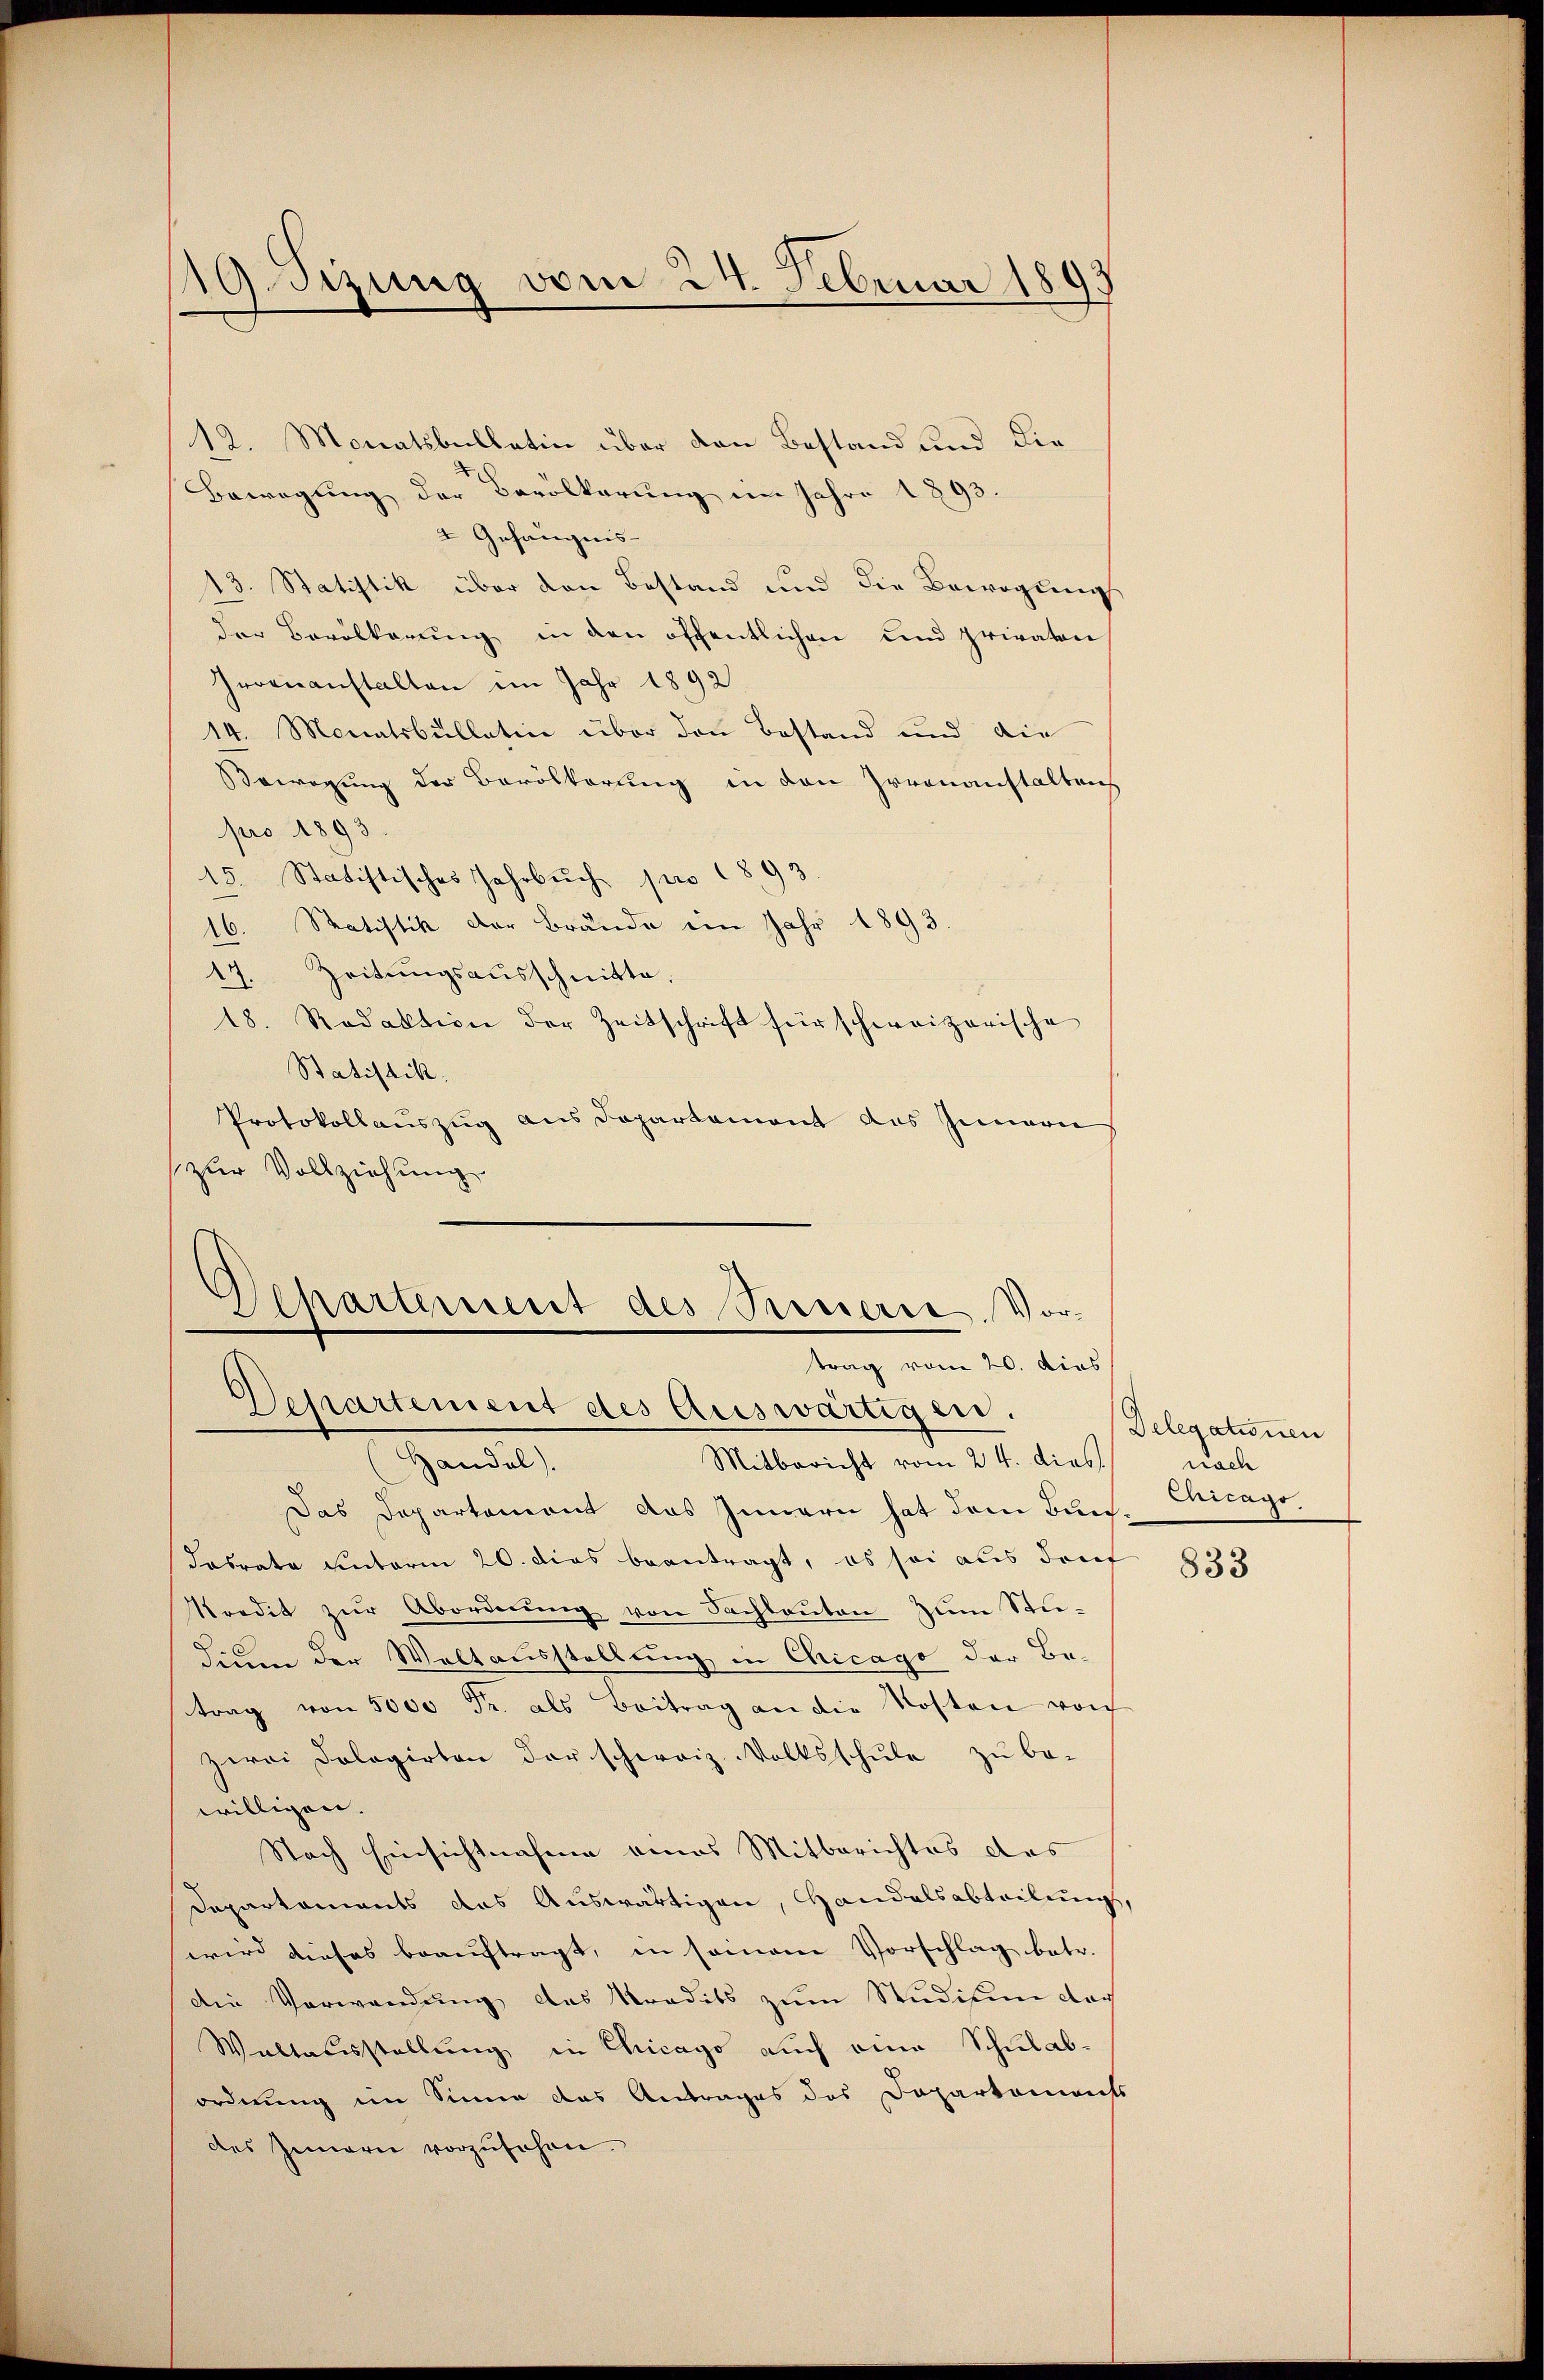
G.sizung vom 24. Februar 189

12. Monatsbullatin über den Bestand und die
Bewegung der Bevölkerung im Jahre 1893.
2 Gefängnis-
13. Statistik über den Bestand und die Bewegung
der Bevölkerŭng in den öffentlichen und privaton
Irrenanstalten im Jahr 1892
14. Monatsbullatin über den Bestand und die
Bewegung der Bevölkerung in den Irrenanstalleich
pro 1893
15. Statistisches Jahrbuch pro 1893
16. Statistik der Brände im Jahr 1893
Zeitungsausschnitte.
A
18. Redaktion der Zeitschrift für schweizerische
Statistik.
Protokollauszug aus Departement des Innern
zur Vollziehung

Departement des Steuerre. Vor-
trag vom 20. dies
Departement des Auswärtigen.

Handel
Mitbericht vom 24. dies
Das Departement das Innern hat dem Bun¬
Fasrate unterm 20. dies beantragt, es sei aus dorf
Predit zŭr Abordnung von Sachlauten zum Studium der Weltausstellung in Chicago der Be-
trag von 5000 Fr. als Beitrag an die Kosten vor
zwai Pologirten der schweiz. Volksschule zu be-
willigen.
Nach Einsichtnahme eines Mitberichtes das
Departements das Auswärtigen, Handelsabteilung,
wird dieses beauftragt, in seinem Vorschlag betr.
die Verwendung des Tradits zum Studitum dar
Waltausstellung in Chicago auch eine Schulab-
ordnung im Sinne das Antrages des Departaments
des Innern vorzŭsehen.

Delegationen
nach
Chicago

833